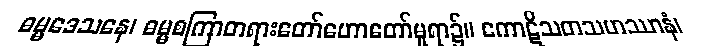
ဓမ္မဒေသနေ၊ ဓမ္မစကြာတရားတော်ဟောတော်မူရာ၌။ ကောဋိသတသဟဿာနံ၊